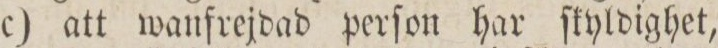
c) att wanfrejdad perſon har ſkyldighet,